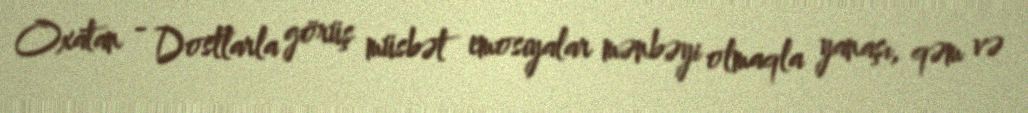
Oxatan - Dostlarla görüş müsbət emosiyalar mənbəyi olmaqla yanaşı, qəm və